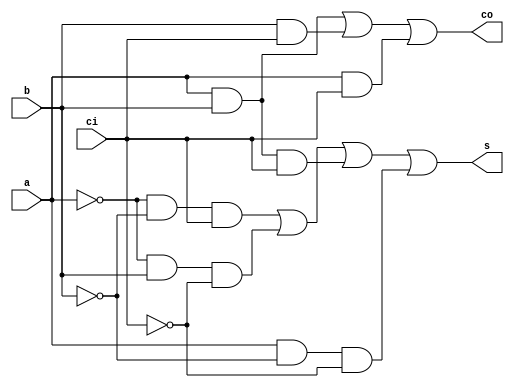
module fa_behavior(   s,
                      co,
                      a,
                      b,
                      ci    );
                      
output      s     ;      // sum
output      co    ;      // carry out

input       a     ;      // input a
input       b     ;      // input b
input       ci    ;      // carry in
                     
reg         s     ;
reg         co    ;

always @(a, b, ci) begin
       s    =     ( ~a & ~b & ci ) | ( ~a & b & ~ci ) | ( a & b & ci ) | ( a & ~b & ~ci)   ;
       co   =     ( a & b ) | ( b & ci ) | ( a & ci )                                      ;
end       
        
endmodule